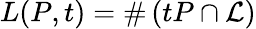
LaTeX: L(P,t)=\# \left(tP\cap{\mathcal{L}}\right)